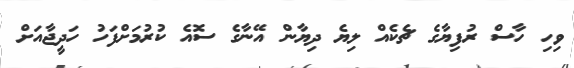
ވިހި ހާސް ރުފިޔާގެ ޗެކެއް ލިޔެ ދިޔާން އޭނާގެ ސޮއެ ކުރުމަށްފަހު ހަދީޖާއަށް